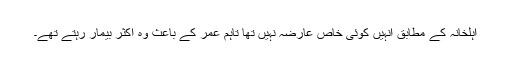
اہلخانہ کے مطابق انہیں کوئی خاص عارضہ نہیں تھا تاہم عمر کے باعث وہ اکثر بیمار رہتے تھے۔